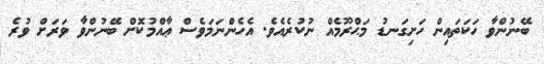
ބޭނުންވާ ހަކަތައިން ހަށިގަނޑު މަޙްރޫމެއް ނުކުރެއެވެ. އެހެންނަމަވެސް ޢާއްމުކޮށް ބޭނުންވާ ވަރަށް ވުރެ